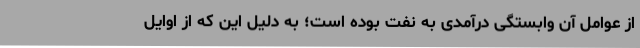
از عوامل آن وابستگی درآمدی به نفت بوده است؛ به دلیل این که از اوایل